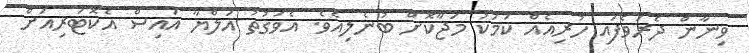
ވިނާން ދެރަވެފައި ހުރިއެއް ކަމަކު މަޖާކޮށް ބުނެލިއެވެ. އެވަގުތު އަލްޔާ އައިސް އެކޮޓަރިއަށް